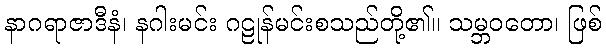
နာဂရာဇာဒီနံ၊ နဂါးမင်း ဂဠုန်မင်းစသည်တို့၏။ သမ္ဘဝတော၊ ဖြစ်